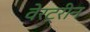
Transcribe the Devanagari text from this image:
वेरट्रीन